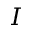
I